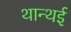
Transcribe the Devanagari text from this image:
थान्थई